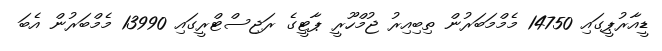
ޑީއާރުޕީގައި 14750 މެމްމަބަރުން ތިބިއިރު ޖުމްހޫރީ ޕާޓީގެ ރަޖިސްޓްރީގައި 13990 މެމްބަރުން އެބަ